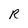
Character: R